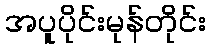
အပူပိုင်းမုန်တိုင်း